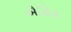
ઐહિક